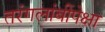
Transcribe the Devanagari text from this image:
तरंगलांबींपेक्षा